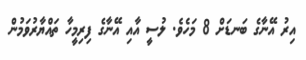
އިރު އޭނާގެ ބަނޑަށް 8 މަހެވެ. ލުސީ އާއި އޭނާގެ ފިރިމީހާ ތައްޔާރުވަމުން